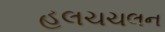
હલચચલન